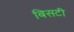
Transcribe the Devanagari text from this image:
बिसटी